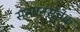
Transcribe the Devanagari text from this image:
सन्मानसूचक